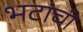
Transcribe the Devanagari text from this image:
भटांची